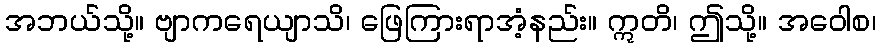
အဘယ်သို့။ ဗျာကရေယျာသိ၊ ဖြေကြားရာအံ့နည်း။ ဣတိ၊ ဤသို့။ အဝေါစ၊